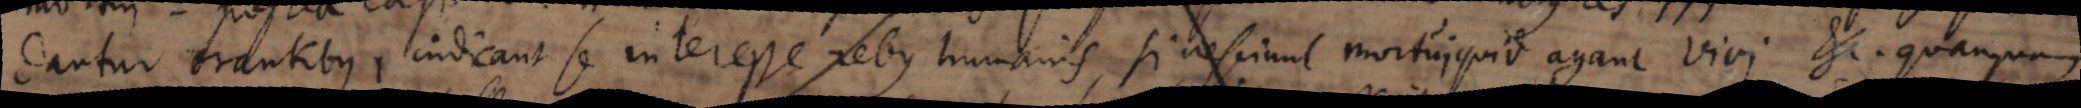
dantur orantibus, indicant se interesse rebus humanis, si nesciunt mortui quid agant vivi. etc. quanquam